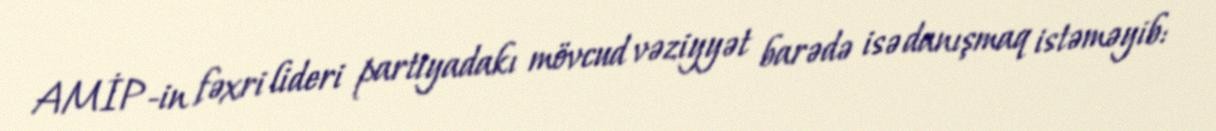
AMİP-in fəxri lideri partiyadakı mövcud vəziyyət barədə isə danışmaq istəməyib: